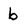
Character: b